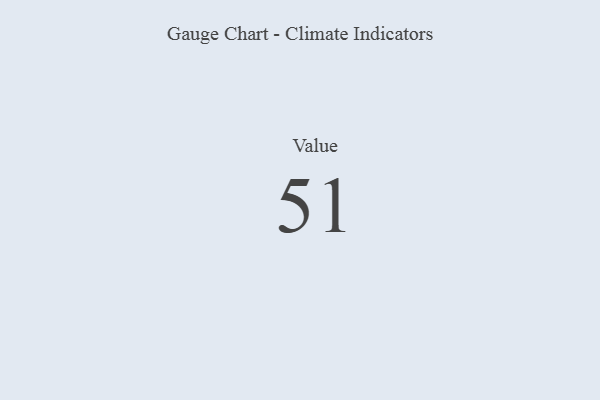
{"axis": {"x": "Metric", "y": "Value"}, "legend": [""], "data": [{"x": "Value", "y": 51, "type": ""}]}